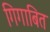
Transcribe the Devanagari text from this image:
गिगाबित